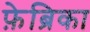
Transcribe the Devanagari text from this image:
फ़ेब्रिका